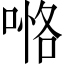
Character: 𠸧